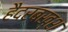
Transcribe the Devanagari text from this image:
हैदरबख्श